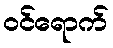
ဝင်ရောက်